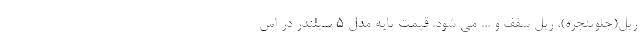
ریل(جلوپنجره)، ریل سقف و ... می شود. قیمت پایه مدل 5 سیلندر در اس